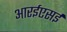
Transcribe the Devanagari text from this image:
आरईएसई